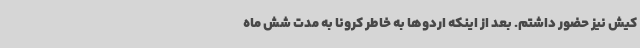
کیش نیز حضور داشتم. بعد از اینکه اردوها به خاطر کرونا به مدت شش ماه